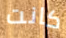
كانت